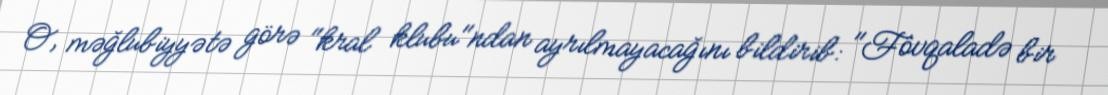
O, məğlubiyyətə görə "kral klubu"ndan ayrılmayacağını bildirib: "Fövqaladə bir